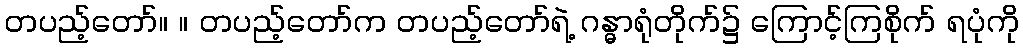
တပည့်တော်။ ။ တပည့်တော်က တပည့်တော်ရဲ့ ဂန္ဓာရုံတိုက်၌ ကြောင့်ကြစိုက် ရပုံကို